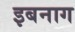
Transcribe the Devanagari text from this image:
इबनाग